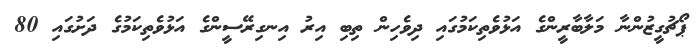
ޕޯޗުގީޒުންނާ މަލާބާރީންގެ އަޅުވެތިކަމުގައި ދިވެހިން ތިބި އިރު އިނގިރޭސީންގެ އަޅުވެތިކަމުގެ ދަށުގައި 80